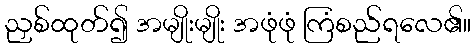
ညှစ်ထုတ်၍ အမျိုးမျိုး အဖုံဖုံ ကြံစည်ရလေ၏။